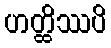
ဟတ္ထိဿပိ